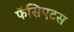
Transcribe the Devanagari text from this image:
फॅसिएटस